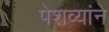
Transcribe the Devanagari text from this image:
पेशव्यांने